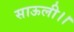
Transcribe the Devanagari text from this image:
साऊली।।